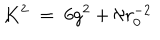
K ^ { 2 } \; = \; 6 g ^ { 2 } + \aleph r _ { 0 } ^ { - 2 } \hspace { . 5 c m } , \hspace { . 5 c m }